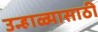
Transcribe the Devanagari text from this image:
उन्हाळ्यासाठी